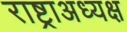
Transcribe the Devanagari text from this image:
राष्ट्राअध्यक्ष